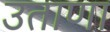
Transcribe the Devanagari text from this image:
उताणा